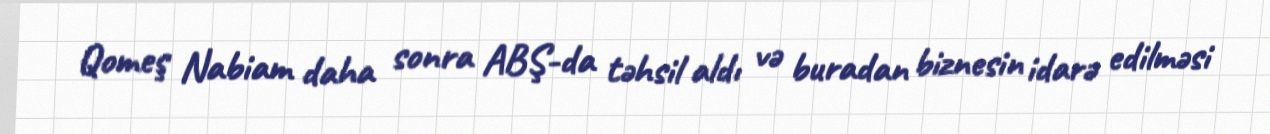
Qomeş Nabiam daha sonra ABŞ-da təhsil aldı və buradan biznesin idarə edilməsi